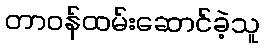
တာဝန်ထမ်းဆောင်ခဲ့သူ